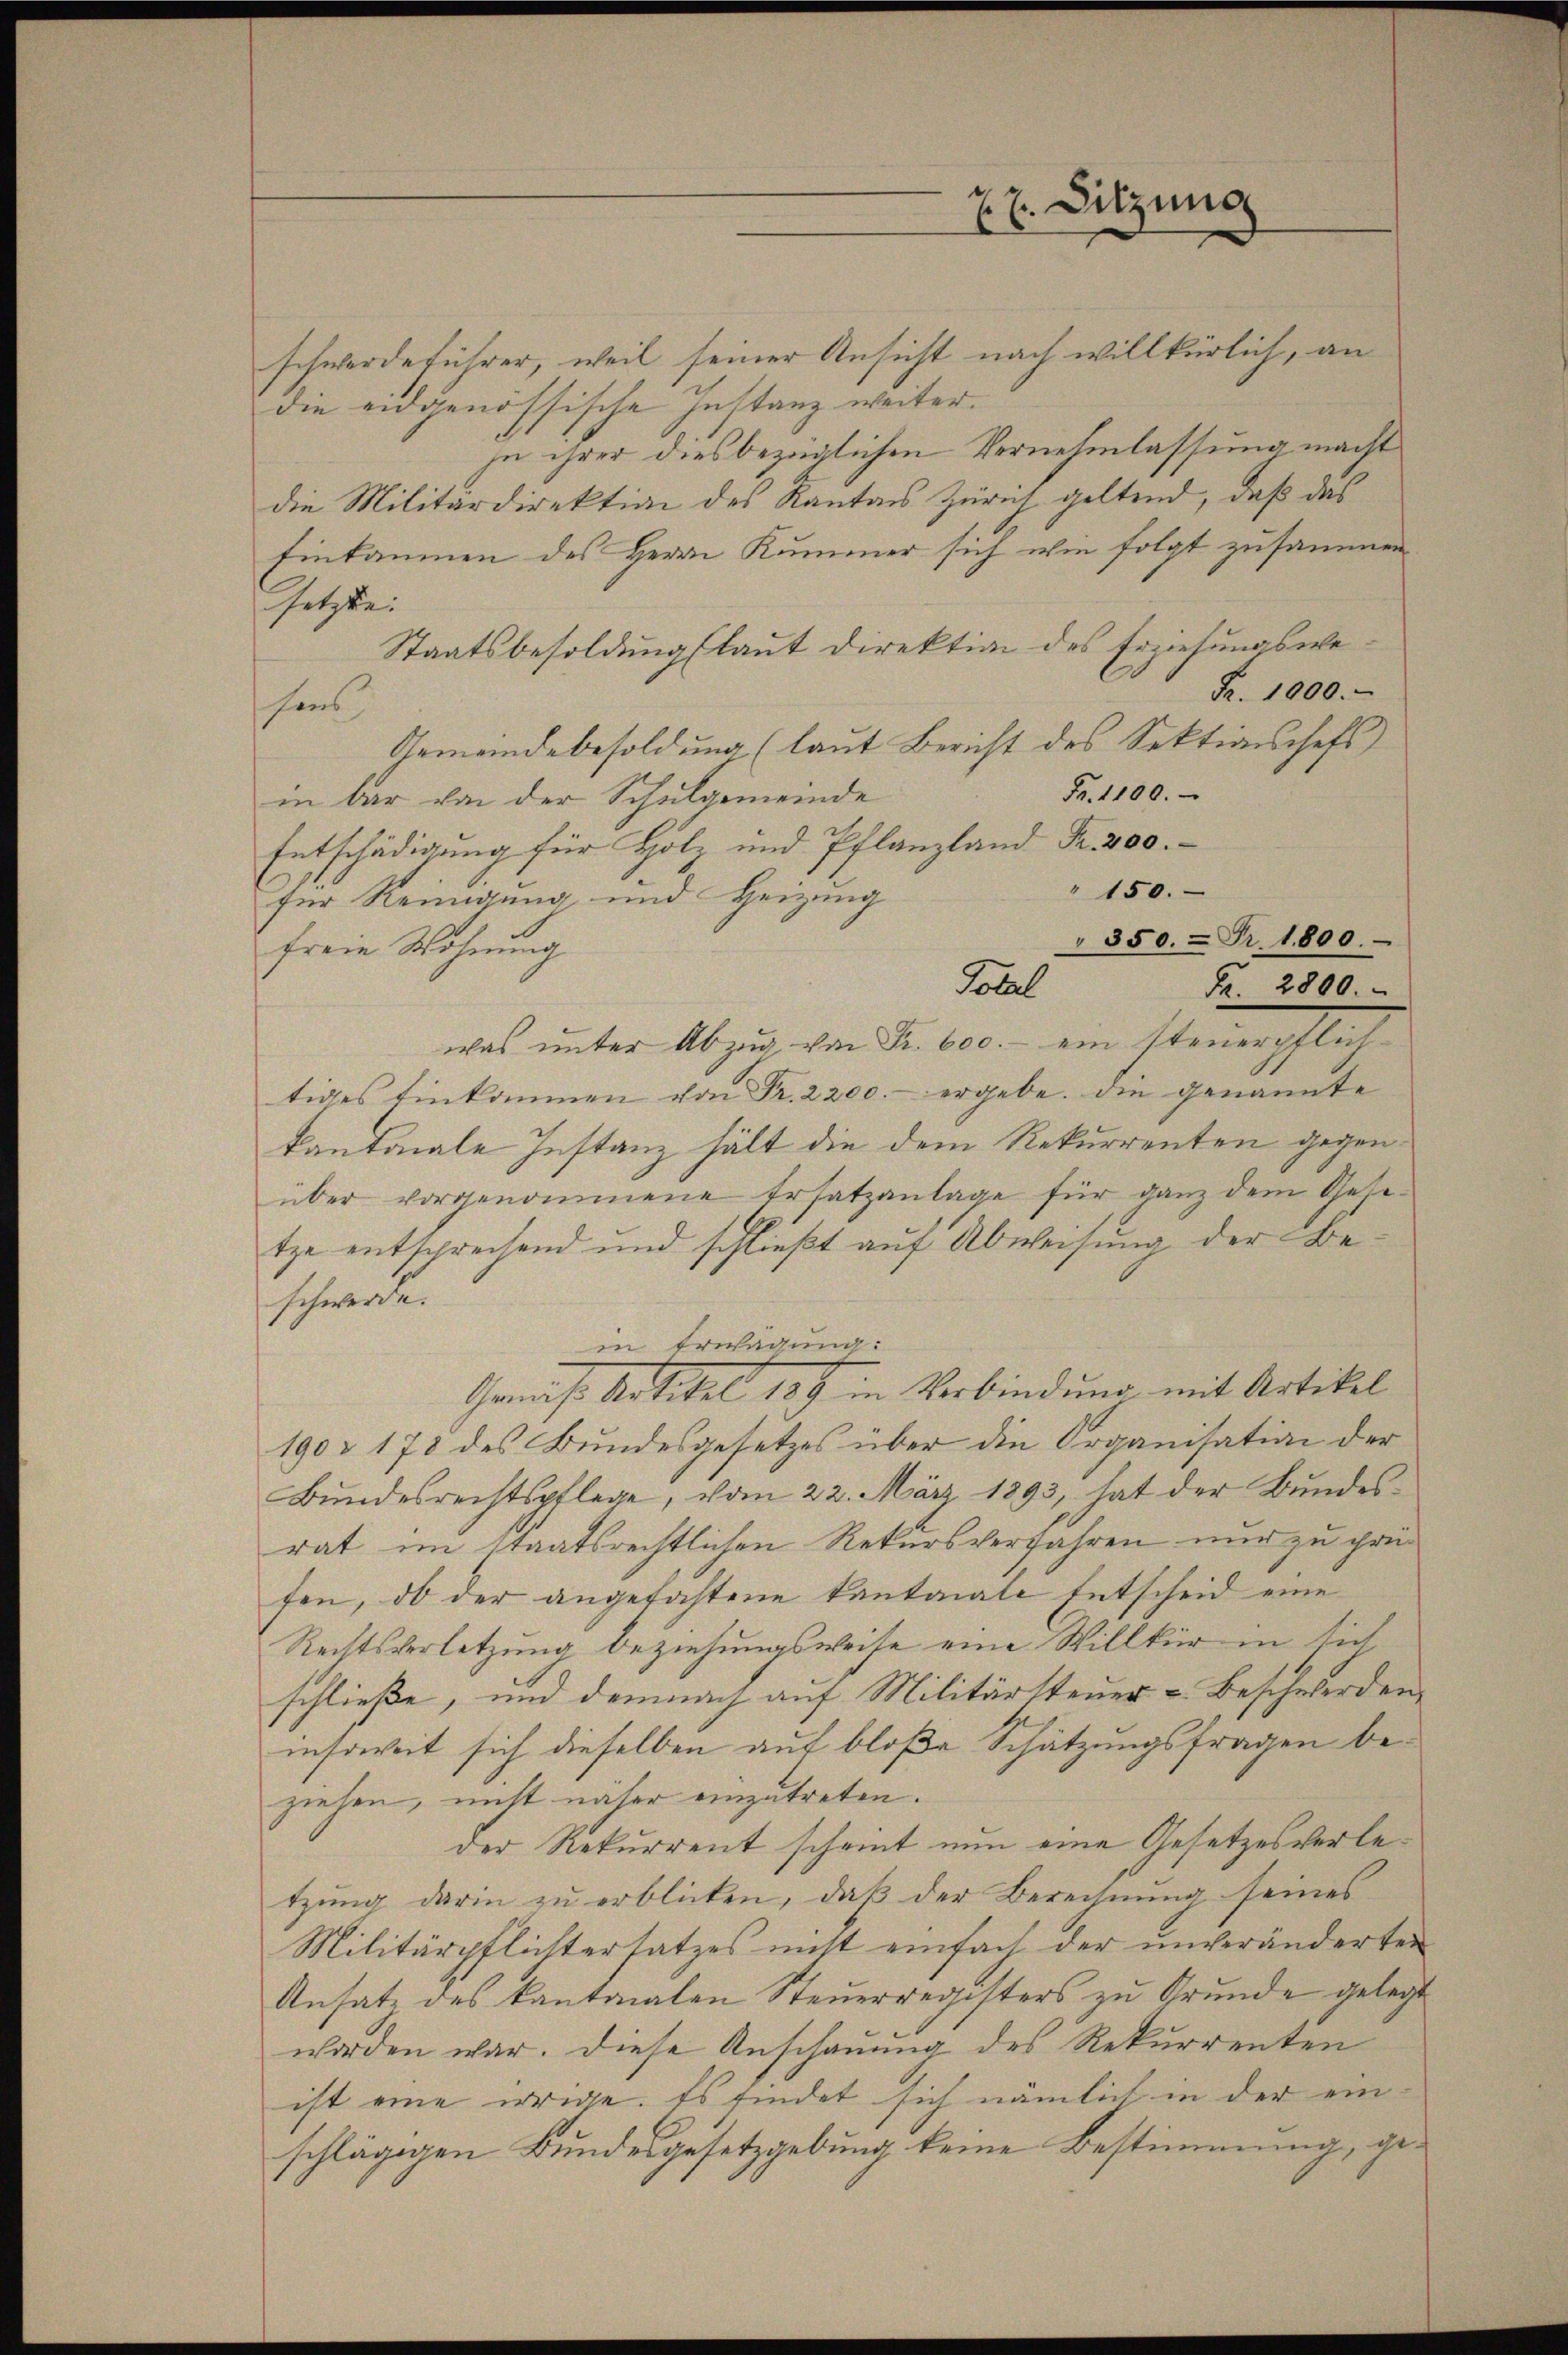
schwerdeführer, weil seiner Ansicht nach willkürlich, an
die eidgenössische Instanz weiter.
in ihrer diesbezüglichen Vernehmlassung macht
die Militärdirektion des Kantons Zürich geltend, daß das
Einkommen des Herrn Kummer sich wie folgt zusammen
Getze:
Staatsbesoldung (laut Direktion des Erziehungswe¬
Fr. 1000.
hens
Gemeindebesoldung (laut Bericht des Sektionschefs
Fr. 1100.
in bar von der Schulgemeinde
Entschädigung für Holz und Pflanzland Fr. 200.
" 150.
für Reinigung und Heizung
freie Wohnung
Total
was ŭnter Abzŭg von Fr. 600.- ein steuerpflich
tiges Einkommen von Fr. 2200.- ergebe, die genannte
kantonale Instanz hält die dem Rekurrenten gegenüber vorgenommene Ersatzanlage für ganz dem Gesetze entsprechend und schließt auf Abweisung der Beschwerde.
in Erwägung:
Gemäß Artikel 189 in Verbindung mit Artikel
190 & 178 des Bundesgesetzes über den Organisation der
Bundesrechtspflege, vom 22. März 1893, hat der Bundesrat im Staatsrechtlichen Rekursverfahren und zu prüfen, ob der angefastene Kantonale Entscheid eine
Rechtsverletzung beziehungsweise eine Willkür in sich
schließe, und demnach auf Militärsteuer-Beschwerden
insoweit sich dieselben auf bloße Schätzungsfragen beziehen, nicht näher einzutreten.
der Rekurrent scheint nun eine Gesetzesverletzung darin zu erblicken, daß der Berechnung seines
Militärpflichtersatzes nicht einfach der unveränderten
Ansatz des kantonalen Steuerregisters zu Grunde gelegt
worden war. Diese Anschauung des Rekurrenten
ist eine irrige. Es findet sich nämlich in der einschlägigen Bundesgesetzgebung keine Bestimmung, ge¬

J. J. Sitzung

350. Fr. 1800.

Fr. 2800.